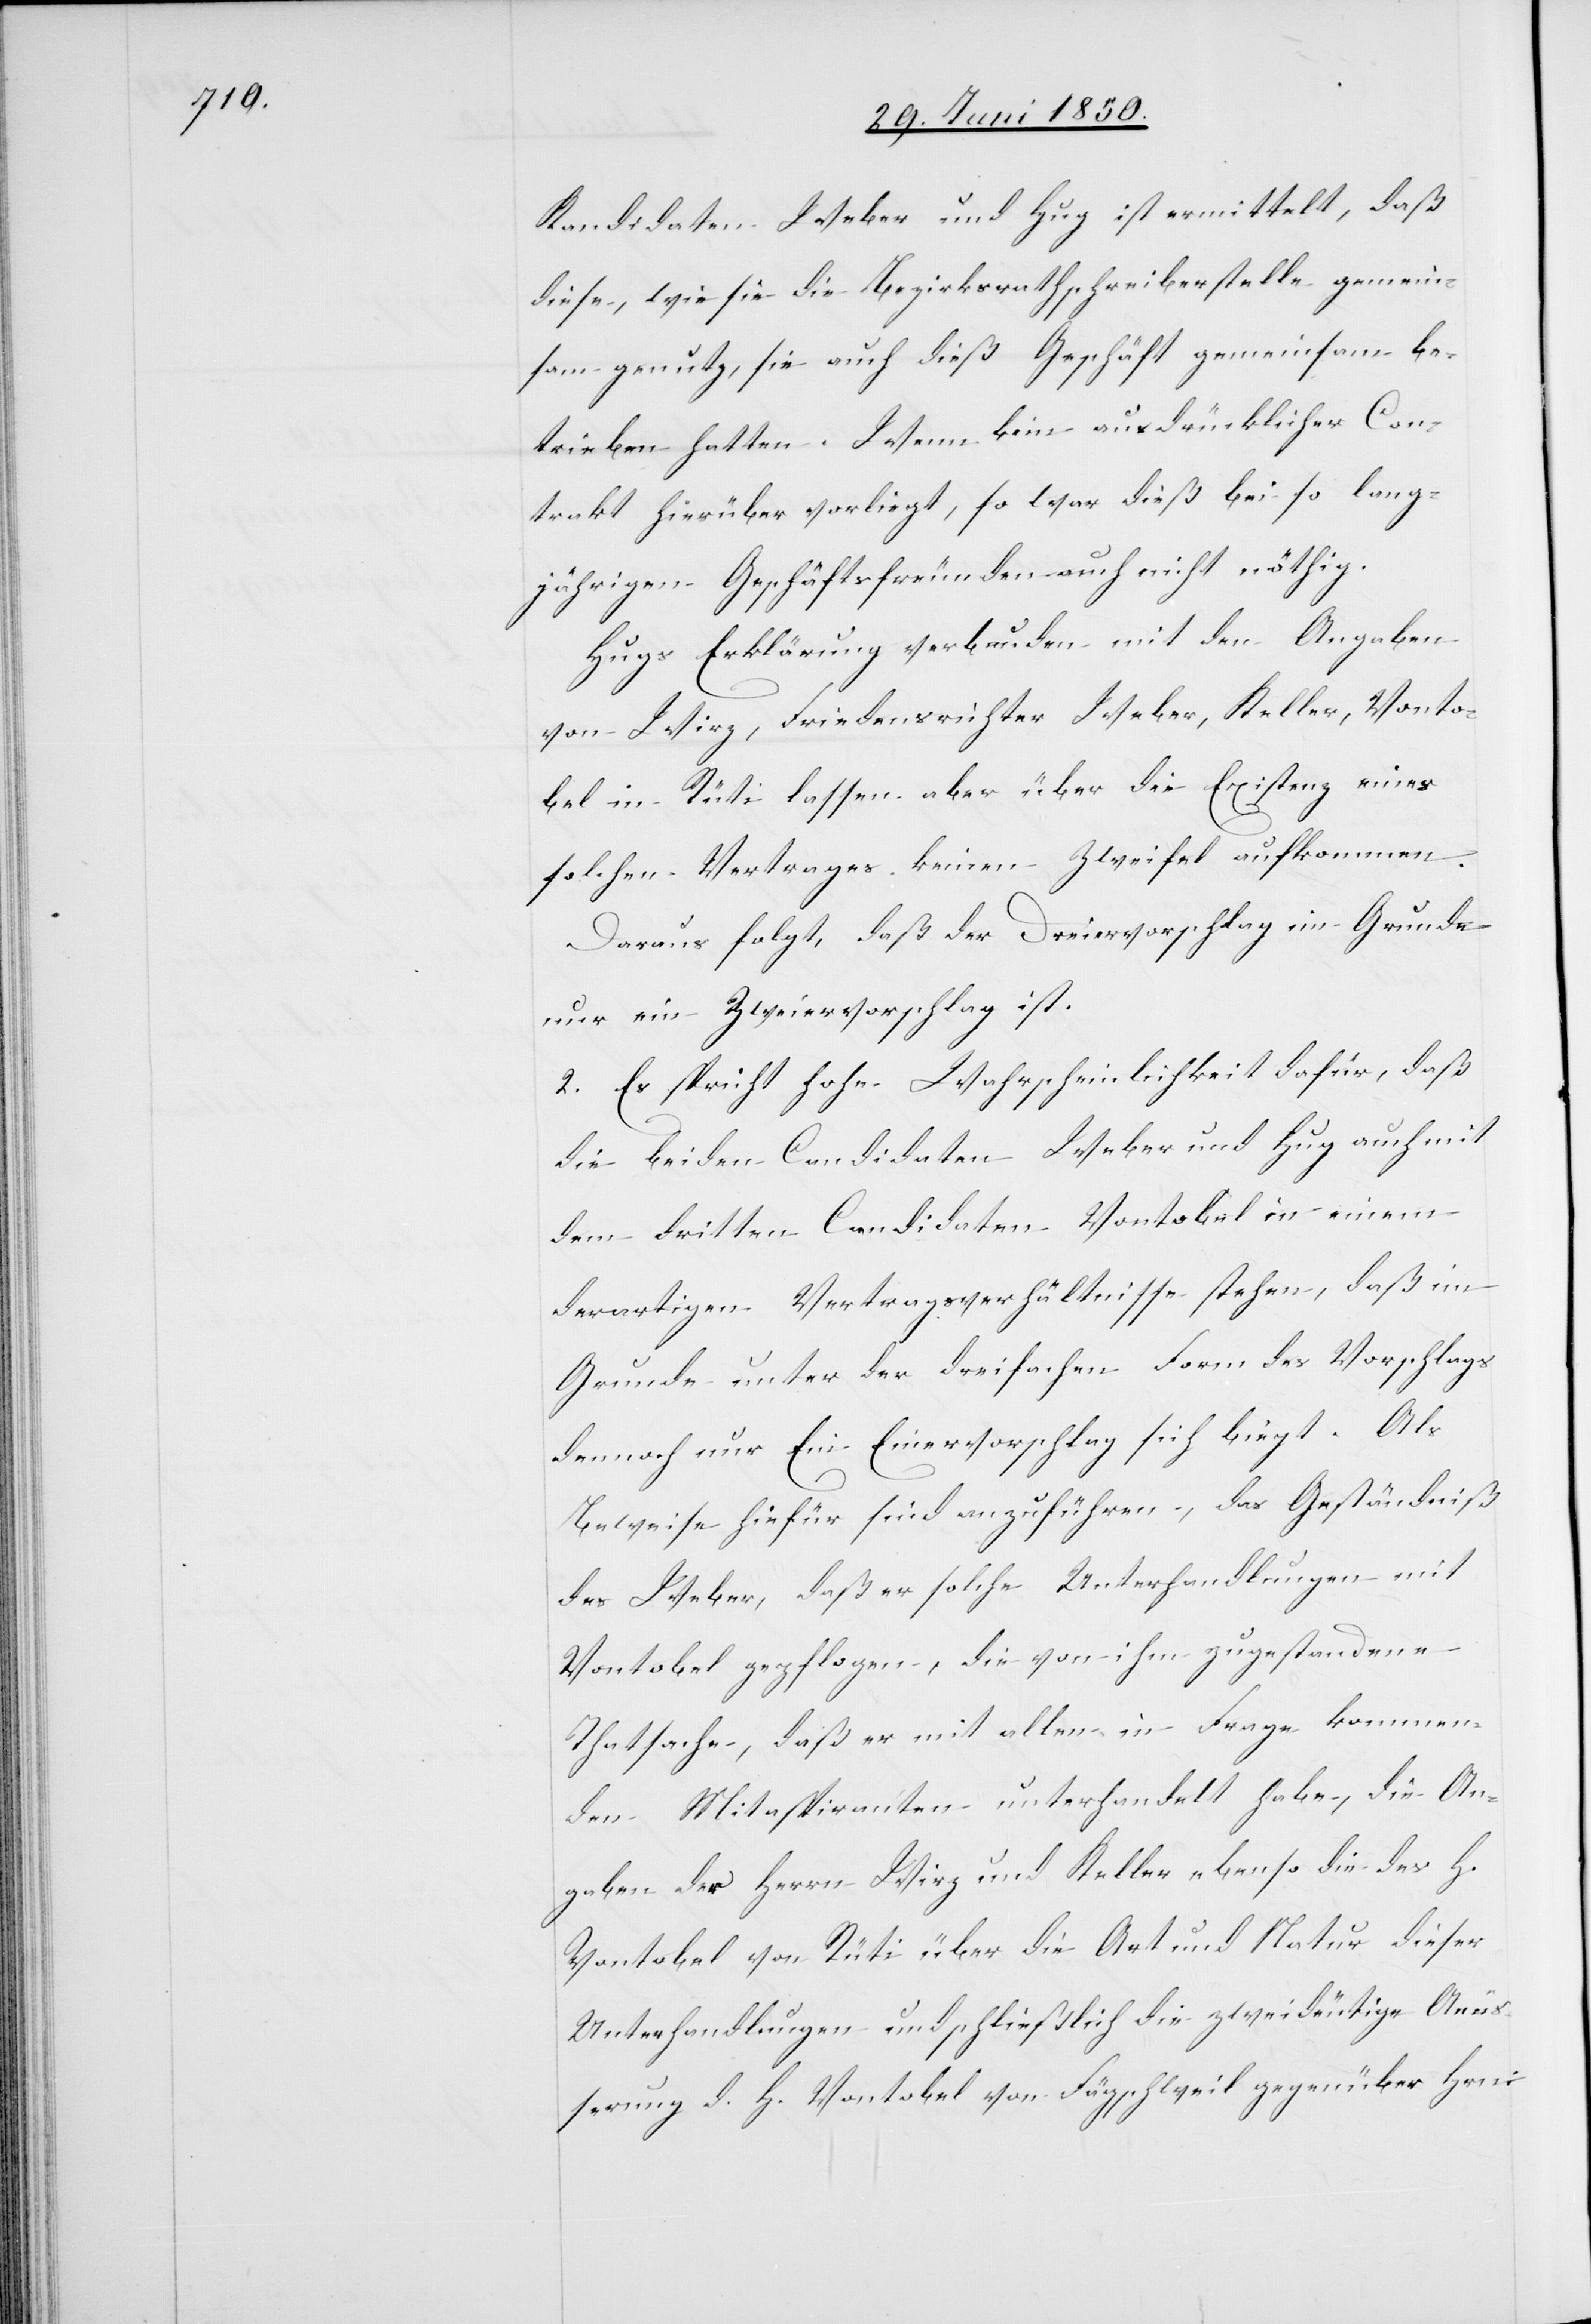
Kandidaten Weber und Hug ist ermittelt, daß
diese, wie sie die Bezirksrathschreiberstelle gemein¬
sam genutz[t], sie auch dieß Geschäft gemeinsam be¬
trieben hatten. Wenn kein ausdrücklicher Con¬
trakt hierüber vorliegt, so war dieß bei so lang¬
jährigen Geschäftsfreunden auch nicht nöthig.
Hugs Erklärung verbunden mit den Angaben
von Wirz, Friedensrichter Weber, Keller, Vonto¬
bel in Rüti lassen aber über die Existenz eines
solchen Vertrages keinen Zweifel aufkommen.
Daraus folgt, daß der Dreiervorschlag im Grunde
nur ein Zweiervorschlag ist.
2. Es spricht hohe Wahrscheinlichkeit dafür, daß
die beiden Candidaten Weber und Hug auch mit
dem dritten Candidaten Vontobel in einem
derartigen Vertragsverhältnisse stehen, daß im
Grunde unter der dreifachen Form des Vorschlags
dennoch nur Ein Einervorschlag sich biegt
Beweise hiefür sind anzuführen, das Geständniß
des Weber, daß er solche Unterhandlungen mit
Vontobel gepflogen, die von ihm zugestandene
Thatsache, daß er mit allen in Frage kommen¬
den Mitaspiranten unterhandelt habe, die An¬
gaben der Herrn Wirz und Keller ebenso die des H.
Vontobel von Rüti über die Art und Natur dieser
Unterhandlungen und schließlich die zweideutige Aeüß¬
erung d. H. Vontobel von Fägschweil gegenüber Hrn.